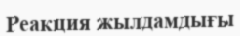
Реакция жылдамдығы